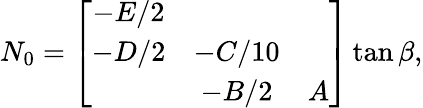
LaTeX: N_{0}=\left[\begin{array}{ccc}{{-E/2}}&{{}}&{{}}\\ {{-D/2}}&{{-C/10}}&{{}}\\ {{}}&{{-B/2}}&{{A}}\end{array}\right]\tan\beta,